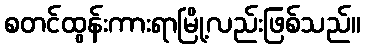
စတင်ထွန်းကားရာမြို့လည်းဖြစ်သည်။